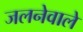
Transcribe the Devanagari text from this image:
जलनेवाले